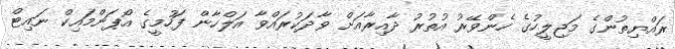
ރައްޔިތުންގެ މަޖިލީހުގެ ހެންވޭރު އުތުރު ދާއިރާއަށް ވާދަކުރައްވާ އަލްހާން ފަހުމީގެ އޯޕަންމައިކް ނައިޓް